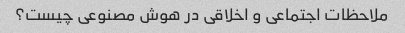
ملاحظات اجتماعی و اخلاقی در هوش مصنوعی چیست؟